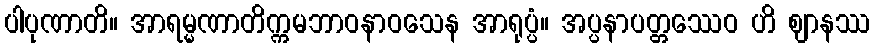
ပါပုဏာတိ။ အာရမ္မဏာတိက္ကမဘာဝနာဝသေန အာရုပ္ပံ။ အပ္ပနာပတ္တဿေဝ ဟိ ဈာနဿ